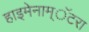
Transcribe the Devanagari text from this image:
हाइमेनाम्‌ॅटरा